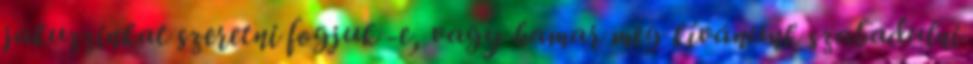
jakuzzinkat szeretni fogjuk -e, vagy hamar meg kívánunk szabadulni